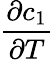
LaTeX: \frac{\partial c_{1}}{\partial T}